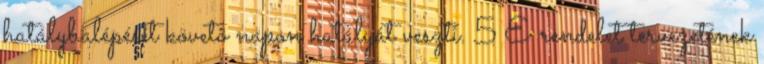
hatálybalépését követõ napon hatályát veszti. 5 E rendelet tervezetének